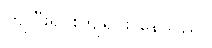
ကျပြီးရင်းကျရင်း နေသည်။